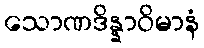
သောဏဒိန္နာဝိမာနံ